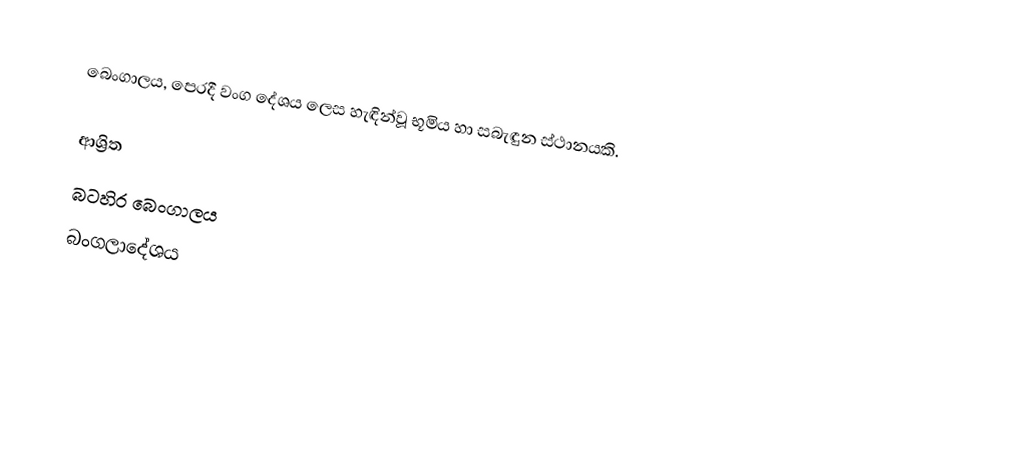
බෙංගාලය, පෙරදී වංග දේශය ලෙස හැඳින්වූ භූමිය හා සබැඳුන ස්ථානයකි.

ආශ්‍රිත
 බටහිර බෙංගාලය
 බංගලාදේශය